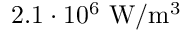
2 . 1 \cdot 1 0 ^ { 6 } ~ \mathrm { W } / \mathrm { m } ^ { 3 }